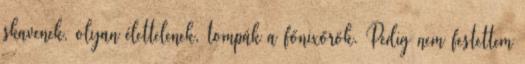
skavenek, olyan élettelenek, tompák a főnixőrök. Pedig nem festettem